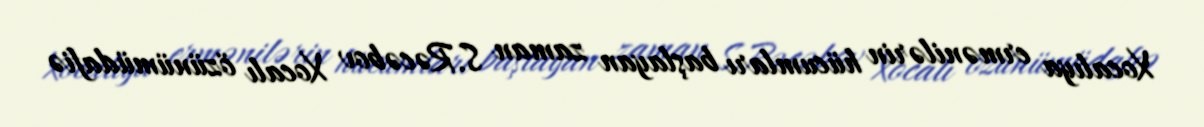
Xocalıya ermənilərin hücumları başlayan zaman S.Rəcəbov Xocalı özünümüdafiə